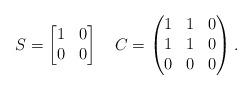
LaTeX: \begin{align*} S=\begin{bmatrix}1&0\\0&0\end{bmatrix} \quad C=\begin{pmatrix}1&1&0\\1&1&0\\0&0&0\end{pmatrix}.\end{align*}